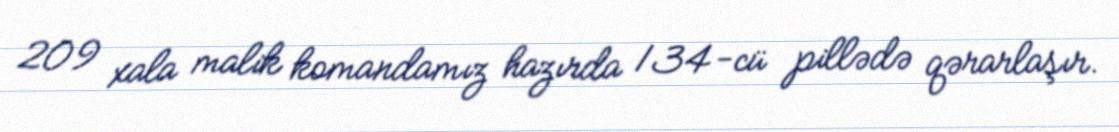
209 xala malik komandamız hazırda 134-cü pillədə qərarlaşır.